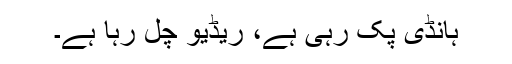
ہانڈی پک رہی ہے، ریڈیو چل رہا ہے۔